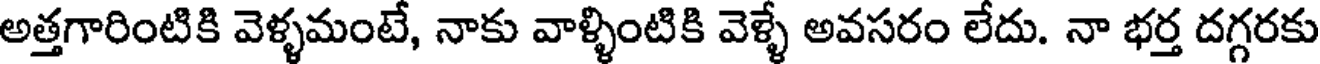
అత్తగారింటికి వెళ్ళమంటే, నాకు వాళ్ళింటికి వెళ్ళే అవసరం లేదు. నా భర్త దగ్గరకు